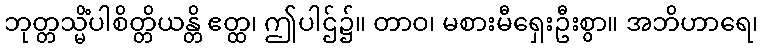
ဘုတ္တသ္မိံပါစိတ္တိယန္တိ ဧတ္ထ၊ ဤပါဌ်၌။ တာဝ၊ မစားမီရှေးဦးစွာ။ အဘိဟာရေ၊